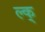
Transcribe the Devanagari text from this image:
ल्क्